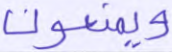
ويمنعون